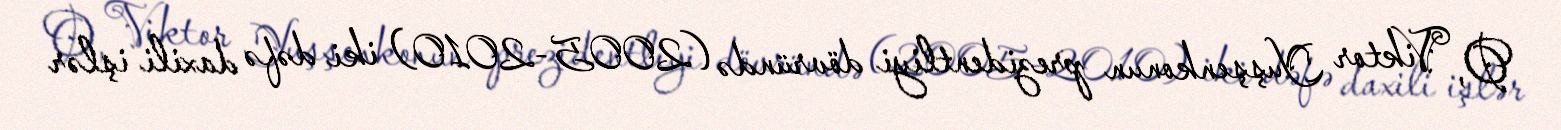
O, Viktor Yuşşenkonun prezidentliyi dövründə (2005-2010) iki dəfə daxili işlər